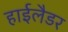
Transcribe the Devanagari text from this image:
हाईलैडर